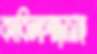
কাবিলাপাড়াসহ